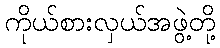
ကိုယ်စားလှယ်အဖွဲ့တို့